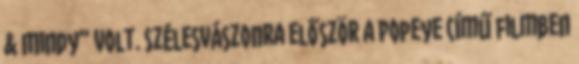
& Mindy” volt. Szélesvászonra először a Popeye című filmben